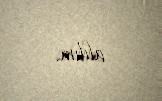
aldım.